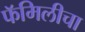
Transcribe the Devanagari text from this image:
फॅमिलीचा